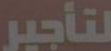
لتأجير